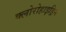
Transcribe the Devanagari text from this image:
क्लोरोहाइड्रिन